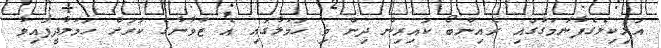
އަލިކިލެގެފާނުމަގުގައި ރެއިންބޯ ކައިރިން ދިން މި ހަމަލާގައި އެ ޒުވާނާގެ ކަރަށް ހަމަލާދީފައިވާ